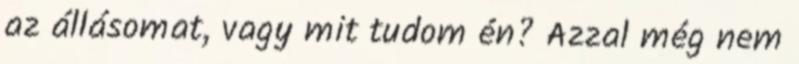
az állásomat, vagy mit tudom én? Azzal még nem